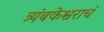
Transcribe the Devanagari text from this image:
त्र्यंबकेश्वराचं